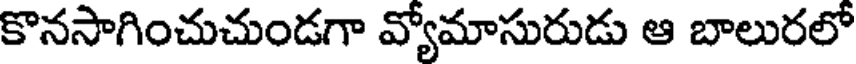
కొనసాగించుచుండగా వ్యోమాసురుడు ఆ బాలురలో